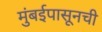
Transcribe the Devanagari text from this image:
मुंबईपासूनची